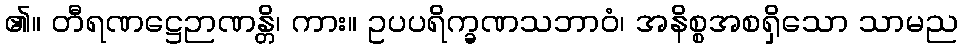
၏။ တီရဏဋ္ဌေဉာဏန္တိ၊ ကား။ ဥပပရိက္ခဏသဘာဝံ၊ အနိစ္စအစရှိသော သာမည